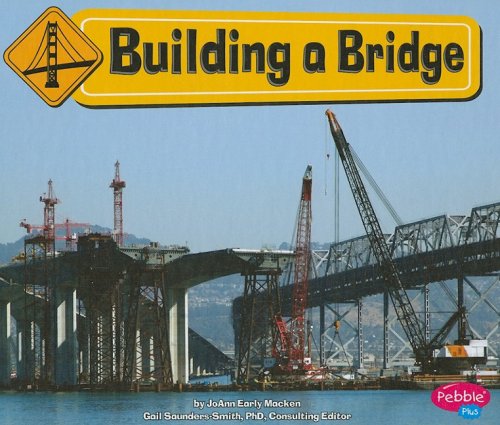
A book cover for Building a Bridge (Construction Zone); JoAnn Early Macken; Children's Books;